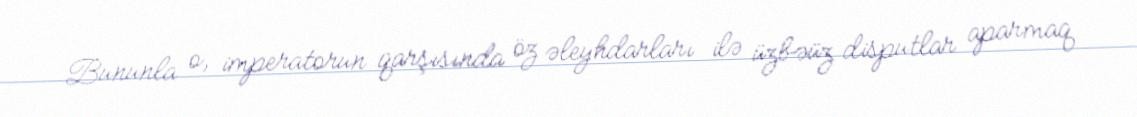
Bununla o, imperatorun qarşısında öz əleyhdarları ilə üzbəüz disputlar aparmaq